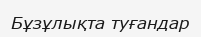
Бұзұлықта туғандар